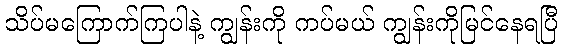
သိပ်မကြောက်ကြပါနဲ့ ကျွန်းကို ကပ်မယ် ကျွန်းကိုမြင်နေရပြီ